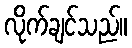
လိုက်ချင်သည်။